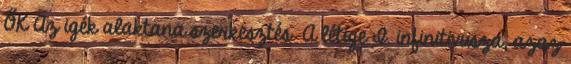
ŐK Az igék alaktana szerkesztés A létige I. infinitivusza, azaz